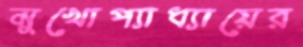
মুখোপ্যাধ্যায়ের